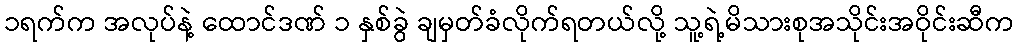
၁ရက်က အလုပ်နဲ့ ထောင်ဒဏ် ၁ နှစ်ခွဲ ချမှတ်ခံလိုက်ရတယ်လို့ သူ့ရဲ့မိသားစုအသိုင်းအဝိုင်းဆီက